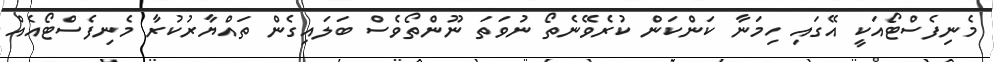
މެނިފެސްޓޯއަކީ އޭގައި ހިމަނާ ކަންކަން ކުރެވޭނެތޯ ނުވަތަ ނޫންތޯވެސް ބަލައިގެން ތައްޔާރުކުރާ މެނިފެސްޓޯއެއް